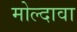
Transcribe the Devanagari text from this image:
मोल्दावा